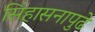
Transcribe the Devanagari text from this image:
सिंहासनापुढे